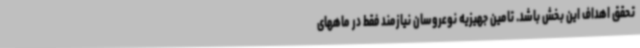
تحقق اهداف این بخش باشد. تامین جهیزیه نوعروسان نیازمند فقط در ماههای